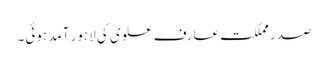
صدر مملکت عارف علوی کی لاہور آمد ہوئی۔